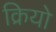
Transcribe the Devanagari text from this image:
क्रियो